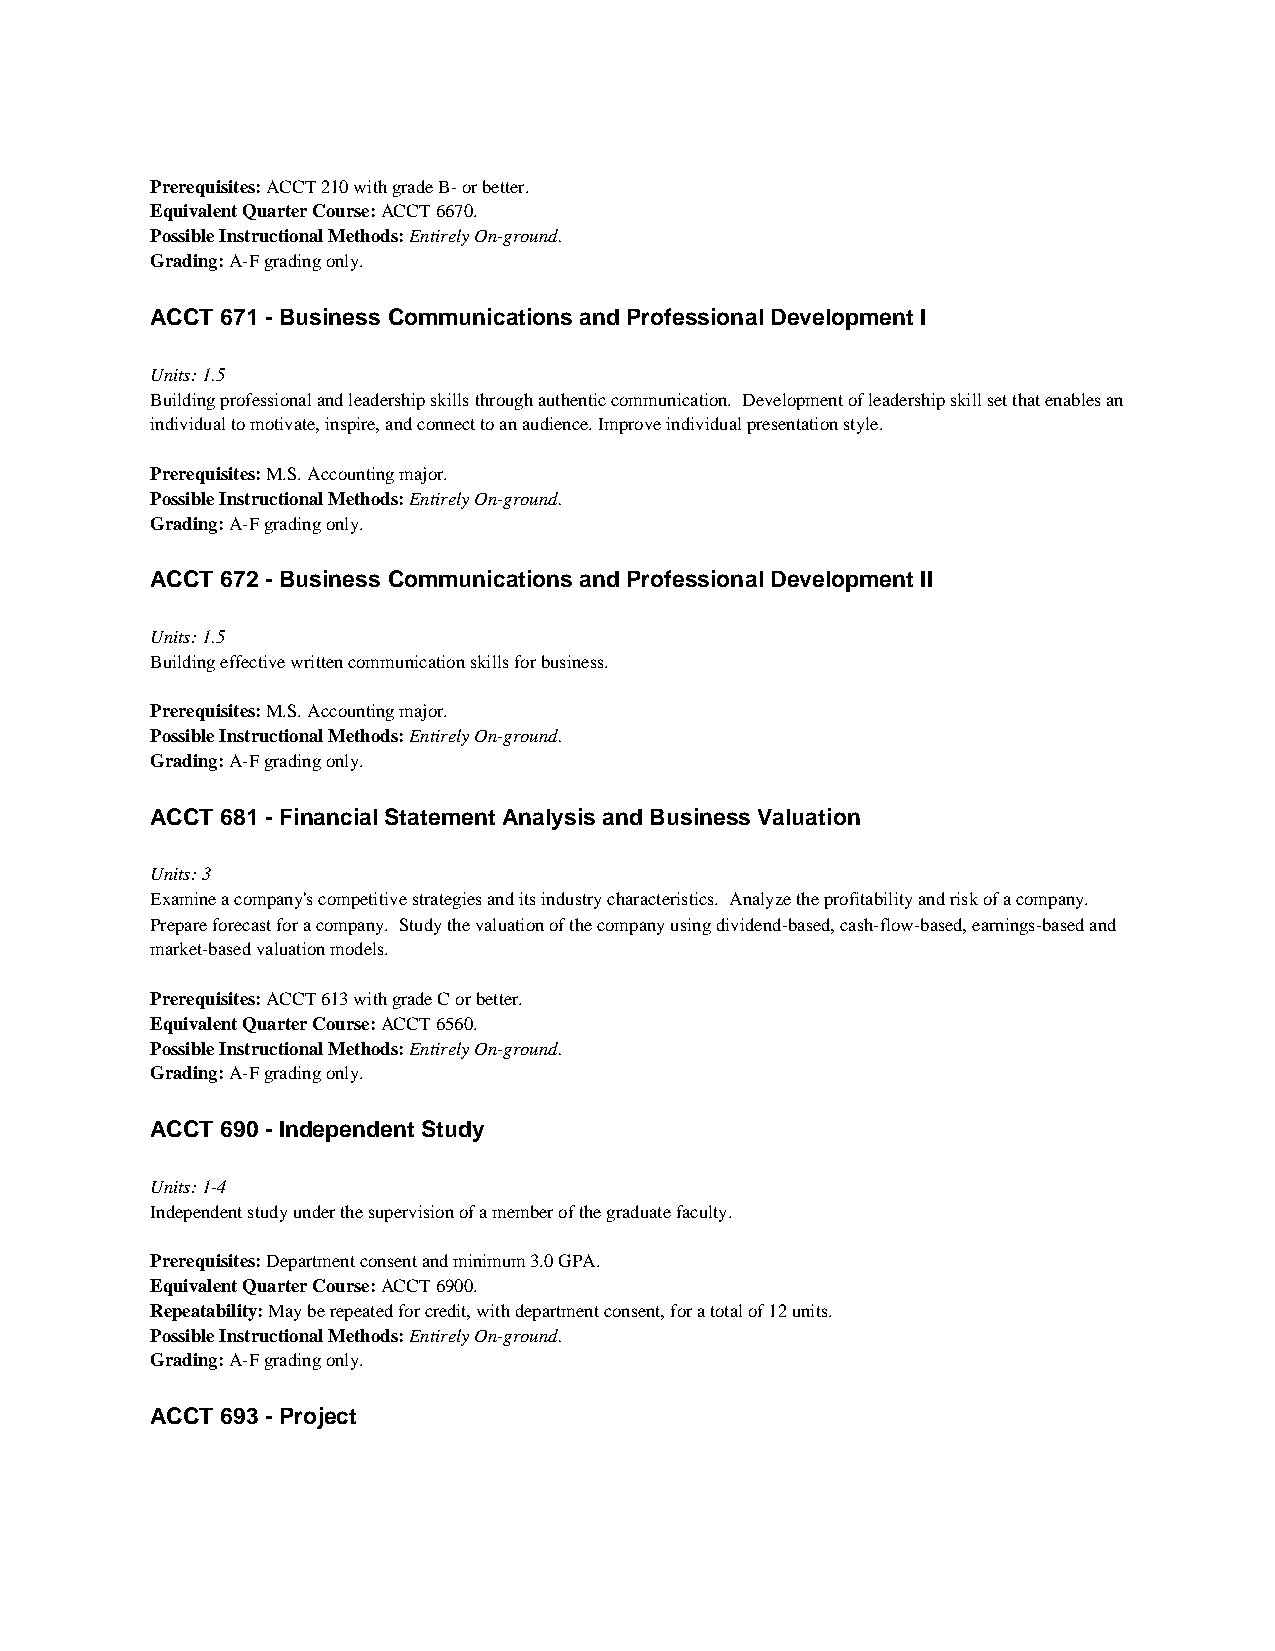
Prerequisites: ACCT 210 with grade B- or better.
 Equivalent Quarter Course: ACCT 6670.
 Possible Instructional Methods: Entirely On-ground.
 Grading: A-F grading only.
 ACCT 671 - Business Communications and Professional Development I
 Units: 1.5
 Building professional and leadership skills through authentic communication. Development of leadership skill set that enables an
 individual to motivate, inspire, and connect to an audience. Improve individual presentation style.
 Prerequisites: M.S. Accounting major.
 Possible Instructional Methods: Entirely On-ground.
 Grading: A-F grading only.
 ACCT 672 - Business Communications and Professional Development II
 Units: 1.5
 Building effective written communication skills for business.
 Prerequisites: M.S. Accounting major.
 Possible Instructional Methods: Entirely On-ground.
 Grading: A-F grading only.
 ACCT 681 - Financial Statement Analysis and Business Valuation
 Units: 3
 Examine a company's competitive strategies and its industry characteristics. Analyze the profitability and risk of a company.
 Prepare forecast for a company. Study the valuation of the company using dividend-based, cash-flow-based, earnings-based and
 market-based valuation models.
 Prerequisites: ACCT 613 with grade C or better.
 Equivalent Quarter Course: ACCT 6560.
 Possible Instructional Methods: Entirely On-ground.
 Grading: A-F grading only.
 ACCT 690 - Independent Study
 Units: 1-4
 Independent study under the supervision of a member of the graduate faculty.
 Prerequisites: Department consent and minimum 3.0 GPA.
 Equivalent Quarter Course: ACCT 6900.
 Repeatability: May be repeated for credit, with department consent, for a total of 12 units.
 Possible Instructional Methods: Entirely On-ground.
 Grading: A-F grading only.
 ACCT 693 - Project